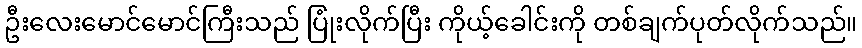
ဦးလေးမောင်မောင်ကြီးသည် ပြုံးလိုက်ပြီး ကိုယ့်ခေါင်းကို တစ်ချက်ပုတ်လိုက်သည်။